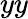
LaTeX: yy